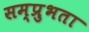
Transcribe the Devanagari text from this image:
सम्प्रुभता